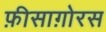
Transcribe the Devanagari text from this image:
फ़ीसाग़ोरस